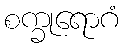
စက္ခုရောဂံ